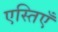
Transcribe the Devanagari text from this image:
एस्तिएँ